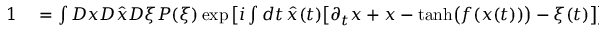
\begin{array} { r l } { 1 } & { { } = \int D x D \hat { x } D \xi P ( \xi ) \exp \left[ i \int d t \, \hat { x } ( t ) \big [ \partial _ { t } x + x - \mathrm { t a n h } \big ( f ( x ( t ) ) \big ) - \xi ( t ) \big ] \right] } \end{array}